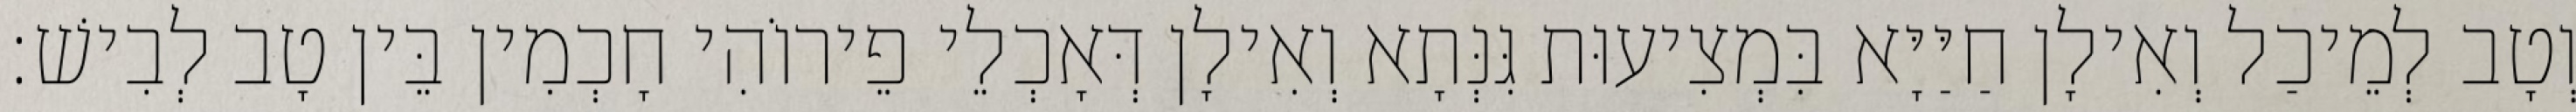
וְטָב לְמֵיכַל וְאִילָן חַיַּיָּא בִּמְצִיעוּת גִּנְּתָא וְאִילָן דְּאָכְלֵי פֵירוֹהִי חָכְמִין בֵּין טָב לְבִישׁ׃